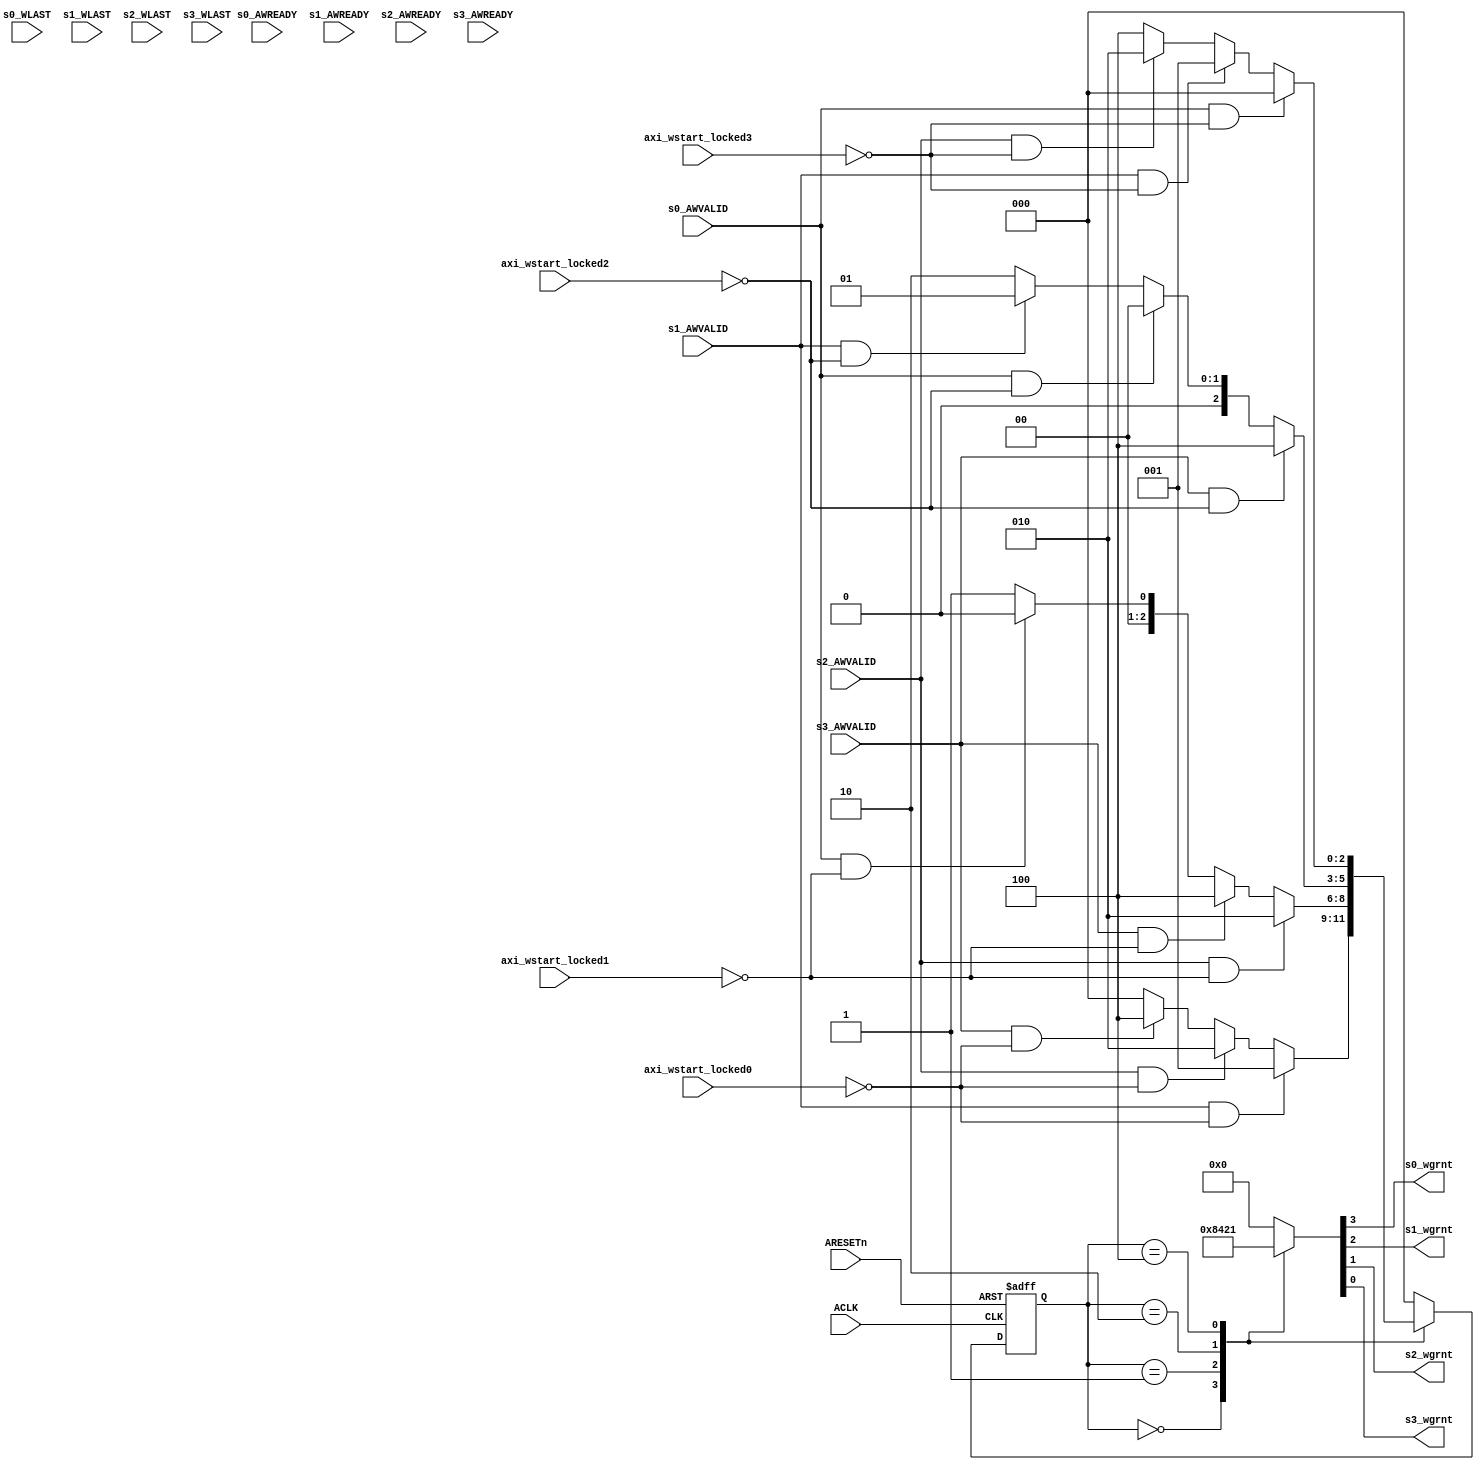
//****************************************Copyright (c)***********************************//
//
// Last modified Date   : 2023/05/19
// Created date         : 2023/05/19  
// Descriptions         : AXI       
//
//****************************************************************************************//
module AXI_Arbiter_W (
    /********************/
    input                               ACLK                       ,
    input                               ARESETn                    ,
    /********** 0 **********/
    input                               s0_AWVALID                 ,
    input                               s0_AWREADY                 ,
    input                               s0_WLAST                   ,
    input                               axi_wstart_locked0         ,
    /********** 1 **********/
    input                               s1_AWVALID                 ,
    input                               s1_AWREADY                 ,
    input                               s1_WLAST                   ,
    input                               axi_wstart_locked1         ,
    /********** 2 **********/
    input                               s2_AWVALID                 ,
    input                               s2_AWREADY                 ,
    input                               s2_WLAST                   ,
    input                               axi_wstart_locked2         ,
    /********** 3 **********/
    input                               s3_AWVALID                 ,
    input                               s3_AWREADY                 ,
    input                               s3_WLAST                   ,
    input                               axi_wstart_locked3         ,
    
    output reg                          s0_wgrnt                   ,
    output reg                          s1_wgrnt                   ,
    output reg                          s2_wgrnt                   ,
    output reg                          s3_wgrnt                    
);

    parameter                           AXI_MASTER_0 = 3'b000      ;
    parameter                           AXI_MASTER_1 = 3'b001      ;
    parameter                           AXI_MASTER_2 = 3'b010      ;
    parameter                           AXI_MASTER_3 = 3'b100      ;

reg                    [   2:0]         state                      ;
reg                    [   2:0]         next_state                 ;

    //---------------------------------------------------------
    //
    always @(*) begin
        case (state)
            AXI_MASTER_0: begin
                if(s1_AWVALID && ~axi_wstart_locked0)
                    next_state = AXI_MASTER_1;
                else if(s2_AWVALID && ~axi_wstart_locked0)
                    next_state = AXI_MASTER_2;
                else if(s3_AWVALID && ~axi_wstart_locked0)
                    next_state = AXI_MASTER_3;
                else
                    next_state = AXI_MASTER_0;
            end
            AXI_MASTER_1: begin
                if(s2_AWVALID && ~axi_wstart_locked1)
                    next_state = AXI_MASTER_2;
                else if(s3_AWVALID && ~axi_wstart_locked1)
                    next_state = AXI_MASTER_3;
                else if(s0_AWVALID && ~axi_wstart_locked1)
                    next_state = AXI_MASTER_0;
                else
                    next_state = AXI_MASTER_1;
            end
            AXI_MASTER_2: begin
                if(s3_AWVALID && ~axi_wstart_locked2)
                    next_state = AXI_MASTER_3;
                else if(s0_AWVALID && ~axi_wstart_locked2)
                    next_state = AXI_MASTER_0;
                else if(s1_AWVALID && ~axi_wstart_locked2)
                    next_state = AXI_MASTER_1;
                else
                    next_state = AXI_MASTER_2;
            end
            AXI_MASTER_3: begin
                if(s0_AWVALID && ~axi_wstart_locked3)
                    next_state = AXI_MASTER_0;
                else if(s1_AWVALID && ~axi_wstart_locked3)
                    next_state = AXI_MASTER_1;
                else if(s2_AWVALID && ~axi_wstart_locked3)
                    next_state = AXI_MASTER_2;
                else
                    next_state = AXI_MASTER_3;
            end
            default:
                next_state = AXI_MASTER_0;
        endcase
    end


    //---------------------------------------------------------
    //
    always @(posedge ACLK, negedge ARESETn)begin
        if(!ARESETn)
            state <= AXI_MASTER_0;
        else
            state <= next_state;
    end

    //---------------------------------------------------------
    //
    always @(*) begin
        case (state)
            AXI_MASTER_0: {s0_wgrnt,s1_wgrnt,s2_wgrnt,s3_wgrnt} = 4'b1000;
            AXI_MASTER_1: {s0_wgrnt,s1_wgrnt,s2_wgrnt,s3_wgrnt} = 4'b0100;
            AXI_MASTER_2: {s0_wgrnt,s1_wgrnt,s2_wgrnt,s3_wgrnt} = 4'b0010;
            AXI_MASTER_3: {s0_wgrnt,s1_wgrnt,s2_wgrnt,s3_wgrnt} = 4'b0001;
            default:      {s0_wgrnt,s1_wgrnt,s2_wgrnt,s3_wgrnt} = 4'b0000;
        endcase
    end

endmodule